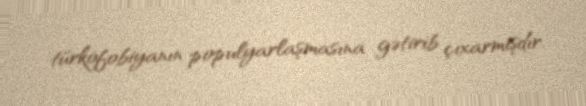
türkofobiyanın populyarlaşmasına gətirib çıxarmışdır.